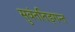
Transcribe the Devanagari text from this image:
सुवंततिङ्गन्त